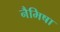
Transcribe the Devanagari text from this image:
नैमिषा